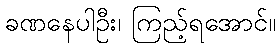
ခဏနေပါဦး၊ ကြည့်ရအောင်။